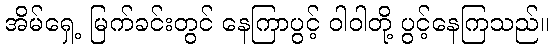
အိမ်ရှေ့ မြက်ခင်းတွင် နေကြာပွင့် ဝါဝါတို့ ပွင့်နေကြသည်။